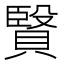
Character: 𧷙